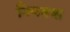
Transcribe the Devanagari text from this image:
नियतक